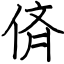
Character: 㑪